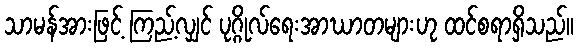
သာမန်အားဖြင့် ကြည့်လျှင် ပုဂ္ဂိုလ်ရေးအာဃာတများဟု ထင်စရာရှိသည်။